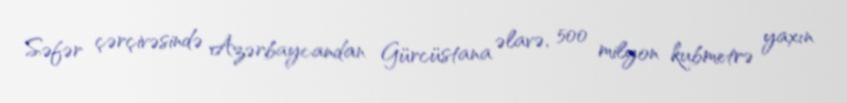
Səfər çərçivəsində Azərbaycandan Gürcüstana əlavə, 500 milyon kubmetrə yaxın